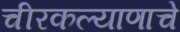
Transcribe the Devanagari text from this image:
चीरकल्याणाचे